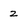
Character: 2